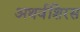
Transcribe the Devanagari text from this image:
अथर्वशिरस